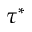
\tau ^ { * }